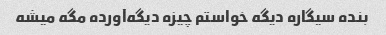
بنده سیگاره دیگه خواستم چیزه دیگه‌آورده مگه میشه